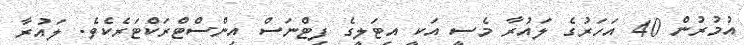
އުމުރުން 40 އަހަރުގެ ލައުރާ މެސީ އަކީ އިޓަލީގެ ފިޓްނަސް އިންސްޓްރަކްޓަރެކެވެ. ލައުރާ